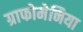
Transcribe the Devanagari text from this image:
ग्राफोमेनिया